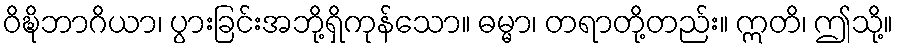
ဝိဍ္ဎိဘာဂိယာ၊ ပွားခြင်းအဘို့ရှိကုန်သော။ ဓမ္မာ၊ တရာတို့တည်း။ ဣတိ၊ ဤသို့။